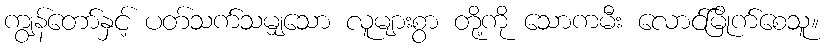
ကျွန်တော်နှင့် ပတ်သက်သမျှသော လူများစွာ တို့ကို သောကမီး လောင်မြိုက်စေသူ။